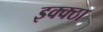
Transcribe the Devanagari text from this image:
इक्क्ठा